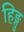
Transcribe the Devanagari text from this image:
हिङ्गु